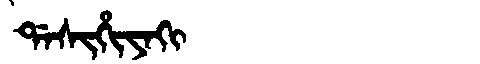
Manchu: ᡩᠠᠰᡳᡥᡳᠶᠠᡴᡳ
Romanization: DASIHIYAKI